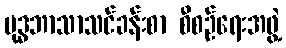
ဗုဒ္ဓဘာသာသင်ခန်းစာ စီစဉ်ရေးအဖွဲ့